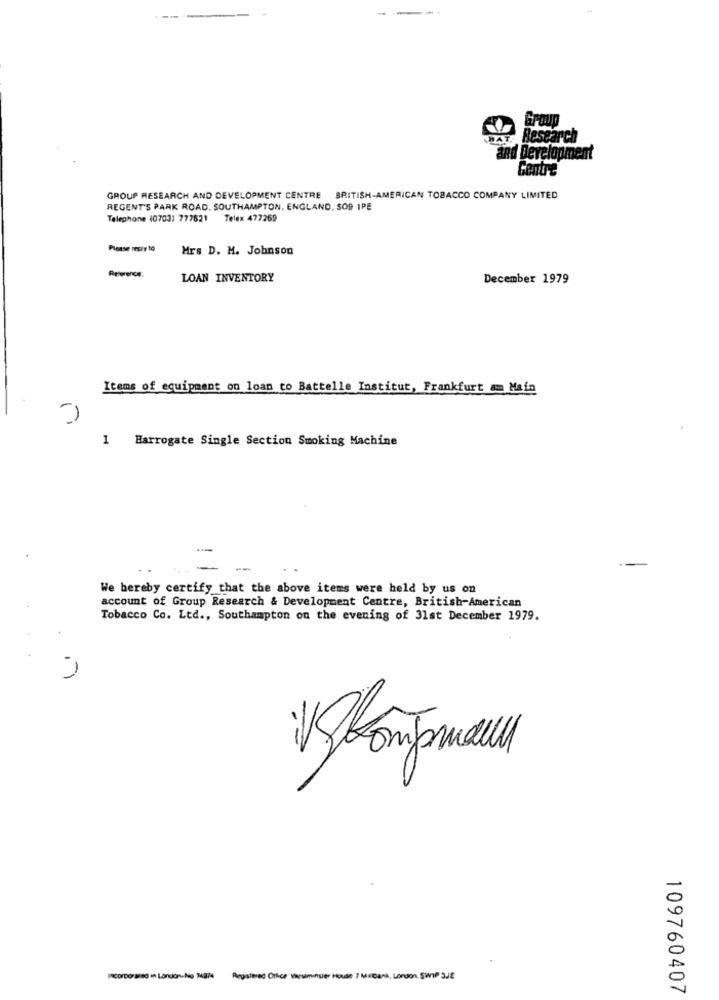
Best
and Development
Gentre
GROUP RESEARCH AND DEVELOPMENT CENTRE BRITISH-AMERICAN TOBACCO COMPANY LIMITED
REGENT'S PARK ROAD. SOUTHAMPTON, ENGLAND, SO9 1PE
Telephone (0703: 777621 Telex 477269
Please resiy to
Mrs D. M. Johnson
Reference:
LOAN INVENTORY
December 1979
Items of equipment on loan to Battelle Institut, Frankfurt am Main
1 Harrogate Single Section Smoking Machine
-
We hereby certify that the above items were held by us on
account of Group Research & Development Centre, British-American
Tobacco Co. Ltd ., Southampton on the evening of 31st December 1979.
Registered Orkce Vansminuter House 7 Mebank, London, SWIP 3JE
109760407